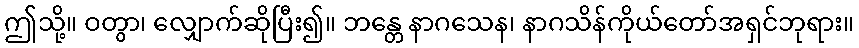
ဤသို့။ ဝတွာ၊ လျှောက်ဆိုပြီး၍။ ဘန္တေ နာဂသေန၊ နာဂသိန်ကိုယ်တော်အရှင်ဘုရား။